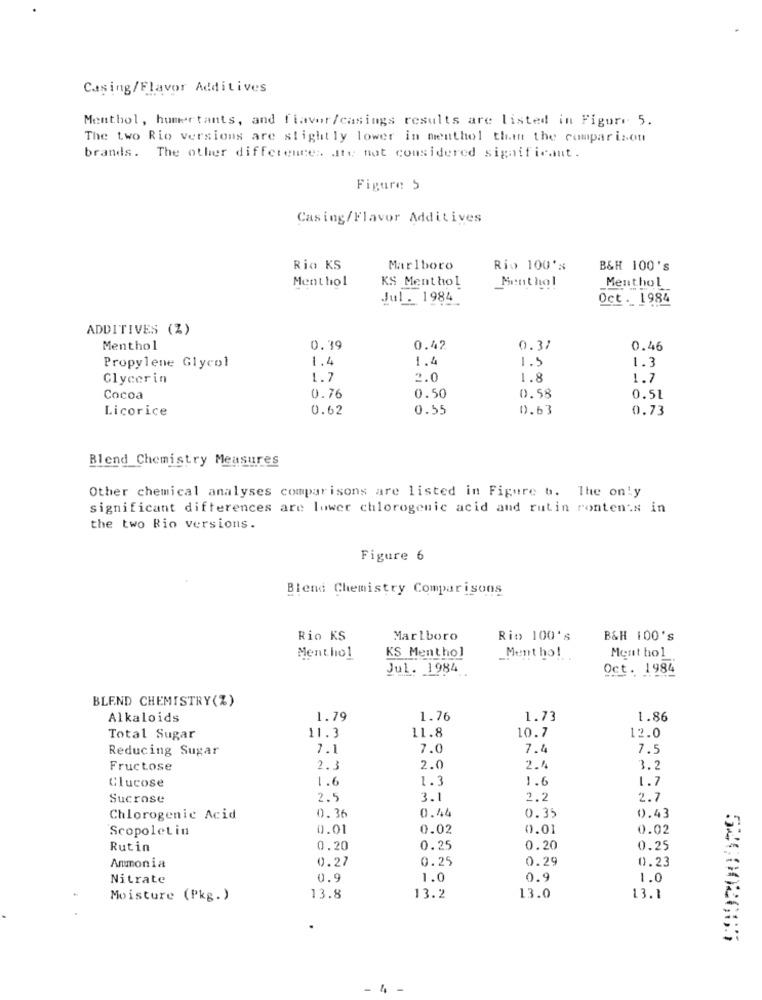
Casing/Flavor Additives
Menthol, humectants, and flavor/casings results are listed in Figure 5.
The two Rio versions are slightly lower in menthol than the comparison
brands. The other differences ate not considered significant.
Figure 5
Casing/Flavor Additives
Rio KS
Marlboro
Rio 100's
B&H 100's
Menthol
KS Menthol
Menthol
Menthol
Jul. 1984
984
Oct. 1984
ADDITIVES (Z)
Menthol
0.39
0.42
0.37
0.46
1.4
1.4
1.5
Propylene Glycol
1.3
Glycerin
1.7
2.0
1.8
1.7
0.58
Cocoa
0.76
0.50
0.51
Licorice
0.62
0.55
0.63
0.73
Blend Chemistry Measures
Other chemical analyses comparisons are listed in Figure b. The only
significant differences are lower chlorogenic acid and rutin ronten's in
the two Rio versions.
Figure 6
Blend Chemistry Comparisons
Rio KS
Marlboro
Rio 100's
B&H 100's
Menthol
KS Menthol
_Ment ho!
Ment hol
Jul. 1984
Oct. 1984
4.
BLEND CHEMISTRY(%)
Alkaloids
1.79
1.76
1.73
1.86
11.8
Total Sugar
11.3
10.7
12.0
Reducing Sugar
7.1
7.0
7.4
7.5
Fructose
2.3
2.0
2.4
3.2
Clucose
1.6
1.3
1.6
1.7
Sucrose
2.5
3.1
2.2
2.7
0.44
0.43
Chlorogenic Acid
0.36
0.35
Scopoletin
0.01
0.02
0.01
0.02
Rutin
0.20
0.25
0.20
0.25
0.27
0.25
0.29
0.23
Ammonia
Nitrate
0.9
1.0
0.9
1.0
Moisture (Pkg.)
13.8
13.2
13.0
13.1